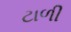
ટાળી